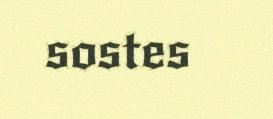
sostes